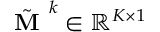
\tilde { \textbf { M } } ^ { k } \in \mathbb { R } ^ { K \times 1 }